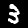
Digit: 3